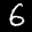
Label: 6